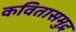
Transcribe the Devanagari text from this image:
कवितासमुद्र